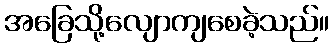
အခြေသို့လျောကျစေခဲ့သည်။